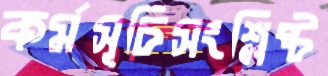
কর্মসূচিসংশ্লিষ্ট